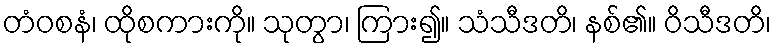
တံဝစနံ၊ ထိုစကားကို။ သုတွာ၊ ကြား၍။ သံသီဒတိ၊ နစ်၏။ ဝိသီဒတိ၊